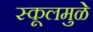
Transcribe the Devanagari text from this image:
स्कूलमुळे